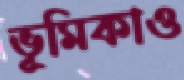
ভূমিকাও